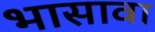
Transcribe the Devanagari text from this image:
भासावा